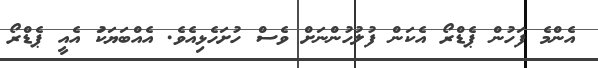
އެންމެ ފަހުން ޕެޑްރޯ އެކަން ފުލުހުންނަށް ވެސް ހުށަހެޅިއެވެ. އެއްބަޔަކަު އެއީ ޕެޑްރޯ